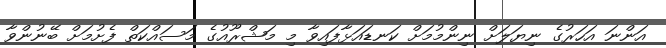
އަންނަ އަހަރުގެ ނިޔަލަށް ނިންމުމަށް ކަނޑައަޅާފައިވާ މި މަޝްރޫއުގެ މަސައްކަތް ފެށުމަށް ބޭނުންވާ